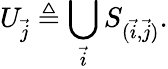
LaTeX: U_{\vec{j}}\triangleq\bigcup_{\vec{i}}S_{(\vec{i},\vec{j})}.